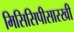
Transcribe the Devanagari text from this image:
मिसिसिपीसारखी